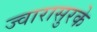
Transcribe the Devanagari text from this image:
ज्वारासुरके